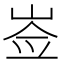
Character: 𡸃